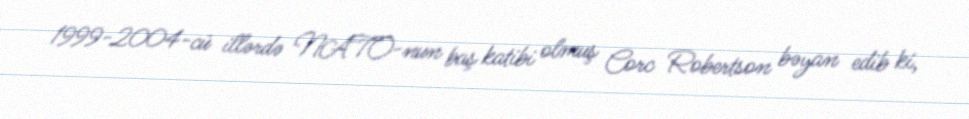
1999-2004-cü illərdə NATO-nun baş katibi olmuş Corc Robertson bəyan edib ki,